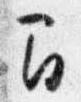
間